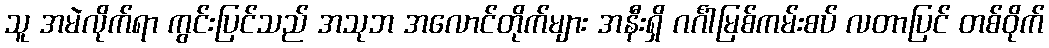
သူ အမဲလိုက်ရာ ကွင်းပြင်သည် အသုဘ အလောင်တိုက်များ အနီးရှိ ဂင်္ဂါမြစ်ကမ်းစပ် လတာပြင် တစ်ဝိုက်